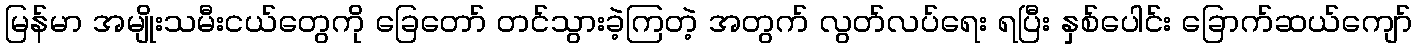
မြန်မာ အမျိုးသမီးငယ်တွေကို ခြေတော် တင်သွားခဲ့ကြတဲ့ အတွက် လွတ်လပ်ရေး ရပြီး နှစ်ပေါင်း ခြောက်ဆယ်ကျော်